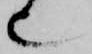
也